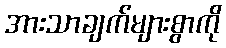
အားသာချက်များစွာကို